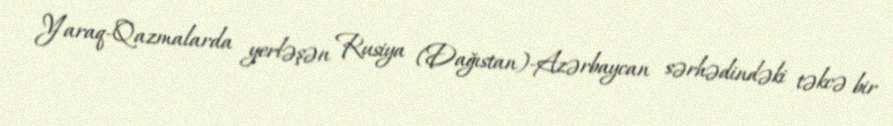
Yaraq-Qazmalarda yerləşən Rusiya (Dağıstan)-Azərbaycan sərhədindəki təkcə bir